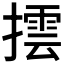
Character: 𢵆